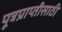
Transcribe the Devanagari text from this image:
पूत्रप्राप्तीसाठी